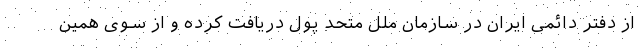
از دفتر دائمی ایران در سازمان ملل متحد پول دریافت کرده و از سوی همین